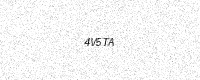
Text: 4V5TA